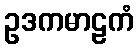
ဥဒကမာဠကံ